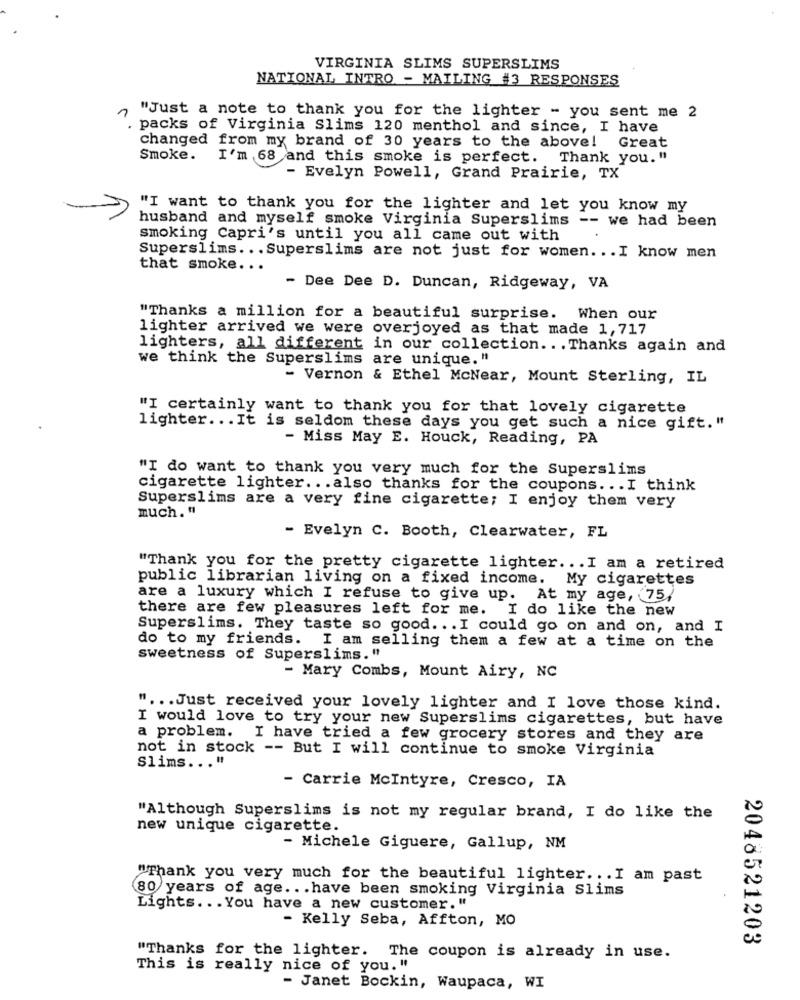
VIRGINIA SLIMS SUPERSLIMS
NATIONAL INTRO - MAILING #3 RESPONSES
n
"Just a note to thank you for the lighter - you sent me 2
". packs of Virginia Slims 120 menthol and since, I have
changed from my brand of 30 years to the above! Great
Smoke.
I'm 68 and this smoke is perfect. Thank you."
- Evelyn Powell, Grand Prairie, TX
"I want to thank you for the lighter and let you know my
husband and myself smoke Virginia Superslims -- we had been
smoking Capri's until you all came out with
Superslims ... Superslims are not just for women. .. I know men
that smoke ...
- Dee Dee D. Duncan, Ridgeway, VA
"Thanks a million for a beautiful surprise. When our
lighter arrived we were overjoyed as that made 1,717
lighters, all different in our collection ... Thanks again and
we think the Superslims are unique."
- Vernon & Ethel McNear, Mount Sterling, IL
"I certainly want to thank you for that lovely cigarette
lighter ... It is seldom these days you get such a nice gift."
- Miss May E. Houck, Reading, PA
"I do want to thank you very much for the Superslims
cigarette lighter ... also thanks for the coupons. . . I think
Superslims are a very fine cigarette; I enjoy them very
much."
- Evelyn C. Booth, Clearwater, FL
"Thank you for the pretty cigarette lighter ... I am a retired
public librarian living on a fixed income. My cigarettes
are a luxury which I refuse to give up. At my age, 75/
there are few pleasures left for me. I do like the new
Superslims. They taste so good. .. I could go on and on, and I
do to my friends. I am selling them a few at a time on the
sweetness of Superslims."
- Mary Combs, Mount Airy, NC
" ... Just received your lovely lighter and I love those kind.
I would love to try your new Superslims cigarettes, but have
a problem. I have tried a few grocery stores and they are
not in stock -- But I will continue to smoke Virginia
Slims ... "
- Carrie Mcintyre, Cresco, IA
"Although Superslims is not my regular brand, I do like the
new unique cigarette.
- Michele Giguere, Gallup, NM
"Thank you very much for the beautiful lighter ... I am past
80 years of age ... have been smoking Virginia Slims
Lights ... You have a new customer. "
- Kelly Seba, Affton, MO
2048521203
"Thanks for the lighter. The coupon is already in use.
This is really nice of you. "
- Janet Bockin, Waupaca, WI